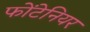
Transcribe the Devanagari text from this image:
फोंटेनियर